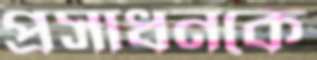
প্রসাধনকে